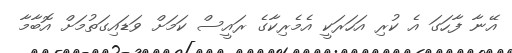
އޭނާ ފާހަގަ އެ ކުރި އަހަރަކީ އެމެރިކާގެ ރައީސް ކަމަށް ވަޑައިގަތުމަށް އޮބާމާ